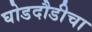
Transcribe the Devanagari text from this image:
घोडदौडीचा